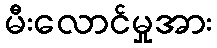
မီးလောင်မှုအား